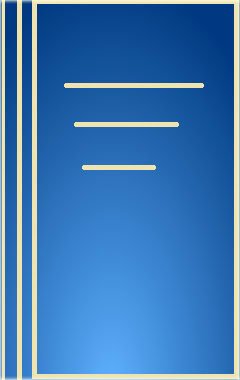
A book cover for Elements of Inorganic Photochemistry; G. J. Ferraudi; Science & Math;